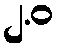
၂.ဝ